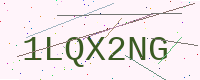
Text: 1LQX2NG